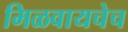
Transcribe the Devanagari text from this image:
मिळवायचेच